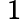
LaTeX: ~1